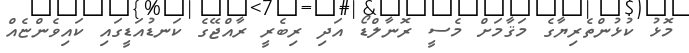
މޮޅު ކުޅުންތެރިޔާގެ މަޤާމަށް މެސީ ރޮނާލްޑޯ އަދި ރިބެރީ ރާއްޖޭގެ ކަނޑުއަޑީގައި ކައިވެންޏެއް